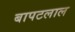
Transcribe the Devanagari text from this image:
बापटलाल